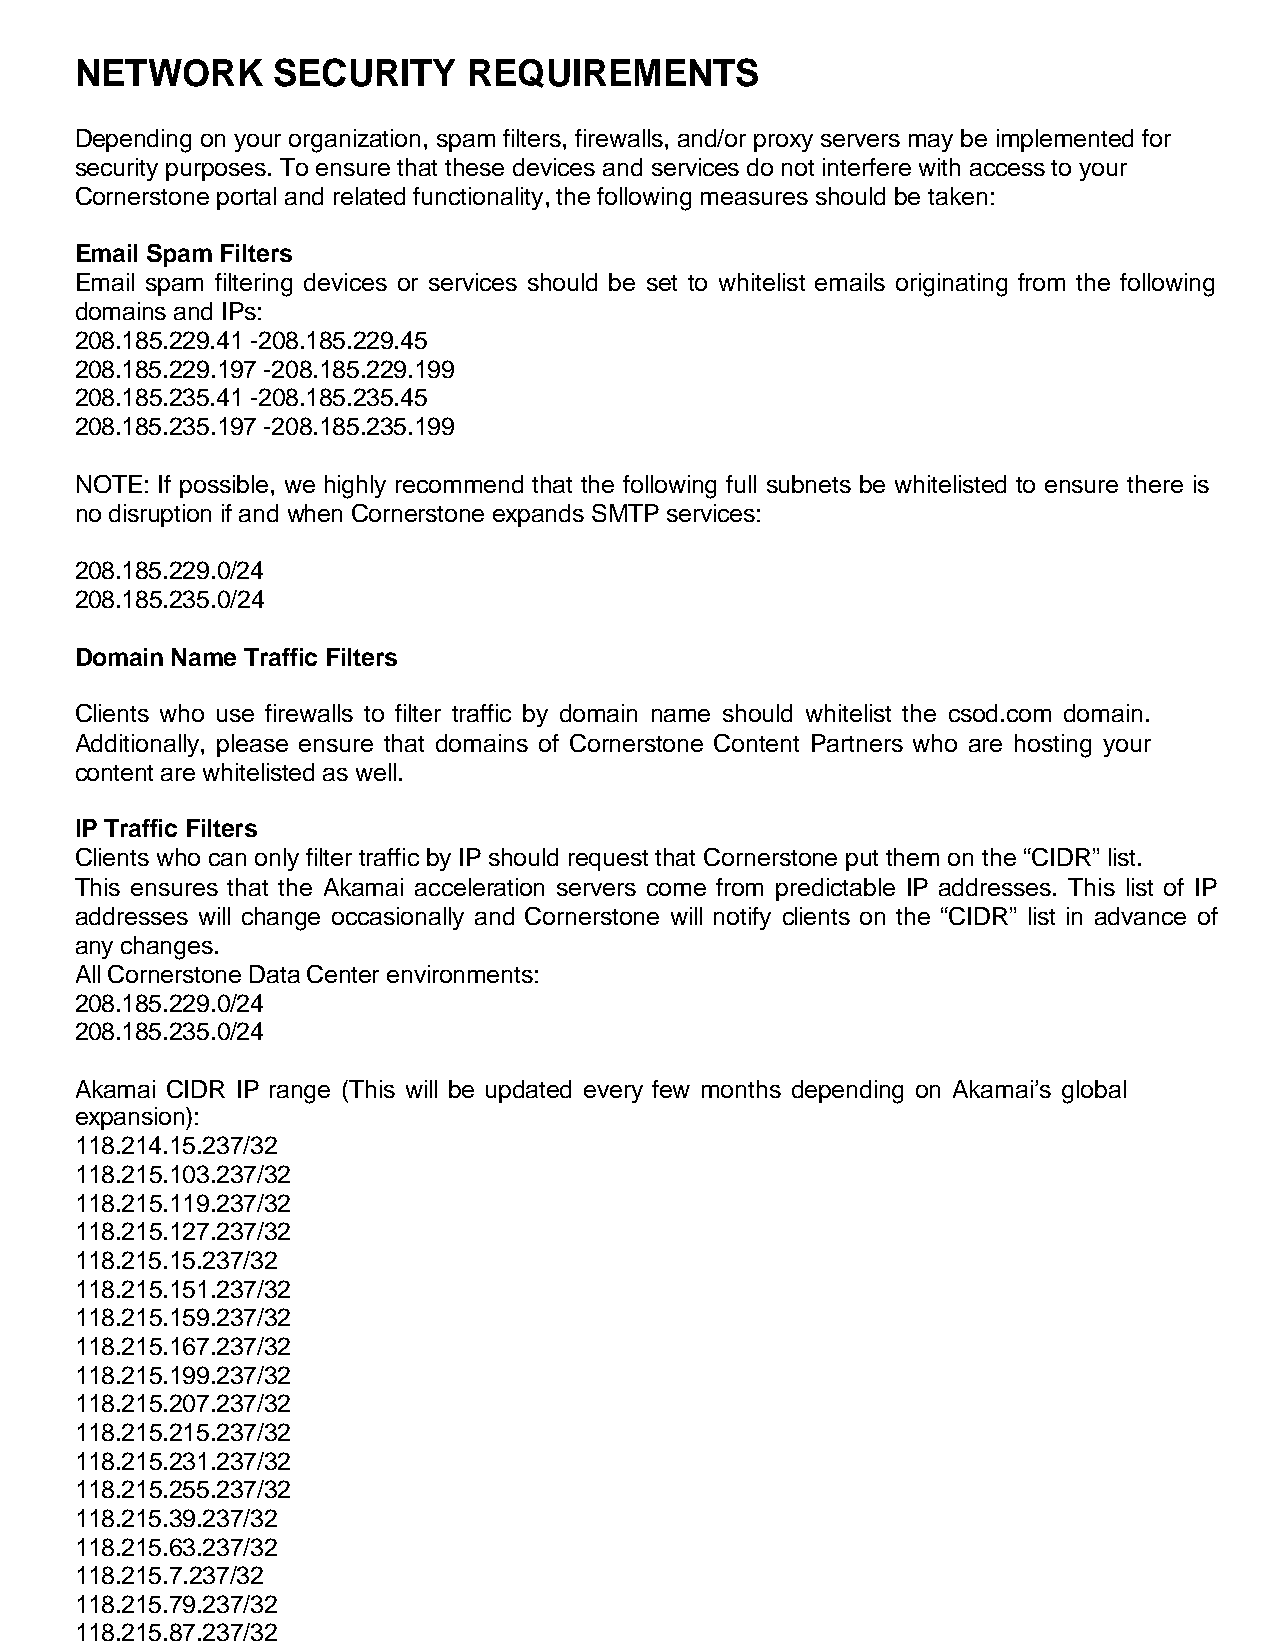
NETWORK      SECURITY     REQUIREMENTS
 Depending on your organization, spam filters, firewalls, and/or proxy servers may be implemented for
 security purposes. To ensure that these devices and services do not interfere with access to your
 Cornerstone portal and related functionality, the following measures should be taken:
 Email Spam Filters
 Email spam filtering devices or services should be set to whitelist emails originating from the following
 domains and IPs:
 208.185.229.41 -208.185.229.45
 208.185.229.197 -208.185.229.199
 208.185.235.41 -208.185.235.45
 208.185.235.197 -208.185.235.199
 NOTE: If possible, we highly recommend that the following full subnets be whitelisted to ensure there is
 no disruption if and when Cornerstone expands SMTP services:
 208.185.229.0/24
 208.185.235.0/24
 Domain Name Traffic Filters
 Clients who use firewalls to filter traffic by domain name should whitelist the csod.com domain.
 Additionally, please ensure that domains of Cornerstone Content Partners who are hosting your
 content are whitelisted as well.
 IP Traffic Filters
 Clients who can only filter traffic by IP should request that Cornerstone put them on the “CIDR” list.
 This ensures that the Akamai acceleration servers come from predictable IP addresses. This list of IP
 addresses will change occasionally and Cornerstone will notify clients on the “CIDR” list in advance of
 any changes.
 All Cornerstone Data Center environments:
 208.185.229.0/24
 208.185.235.0/24
 Akamai CIDR IP range (This will be updated every few months depending on Akamai’s global
 expansion):
 118.214.15.237/32
 118.215.103.237/32
 118.215.119.237/32
 118.215.127.237/32
 118.215.15.237/32
 118.215.151.237/32
 118.215.159.237/32
 118.215.167.237/32
 118.215.199.237/32
 118.215.207.237/32
 118.215.215.237/32
 118.215.231.237/32
 118.215.255.237/32
 118.215.39.237/32
 118.215.63.237/32
 118.215.7.237/32
 118.215.79.237/32
 118.215.87.237/32